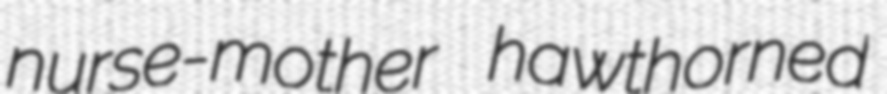
nurse-mother hawthorned